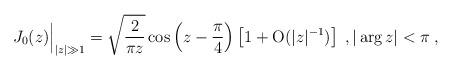
LaTeX: \begin{align*}J_0(z)\Big|_{|z| \gg 1} = \sqrt{\frac{2}{\pi z}} \cos \left( z -\frac{\pi}{4} \right) \left[ 1 + \mathrm{O}(|z|^{-1}) \right] \;,|\arg z| < \pi \;,\end{align*}